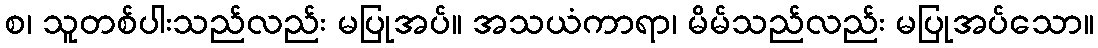
စ၊ သူတစ်ပါးသည်လည်း မပြုအပ်။ အသယံကာရာ၊ မိမ်သည်လည်း မပြုအပ်သော။